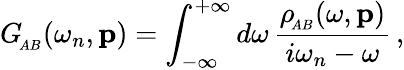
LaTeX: G_{_{\! AB}}(\omega_{n},{\mathbf p})=\int_{-\infty}^{+\infty}d\omega\, {\frac{\rho_{_{\! AB}}(\omega,{\mathbf p})}{i\omega_{n}-\omega}}\, ,